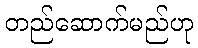
တည်ဆောက်မည်ဟု